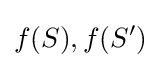
f(S),f(S')